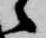
之